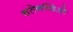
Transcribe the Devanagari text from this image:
चतेनच्चिओ